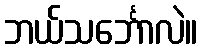
ဘယ်သင်္ဘောလဲ။